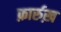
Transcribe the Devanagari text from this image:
फ़ार्रुख़